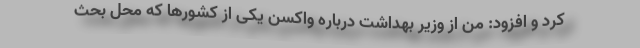
کرد و افزود: من از وزیر بهداشت درباره واکسن یکی از کشورها که محل بحث